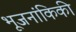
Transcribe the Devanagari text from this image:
भूजनांकिकी